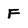
Character: F